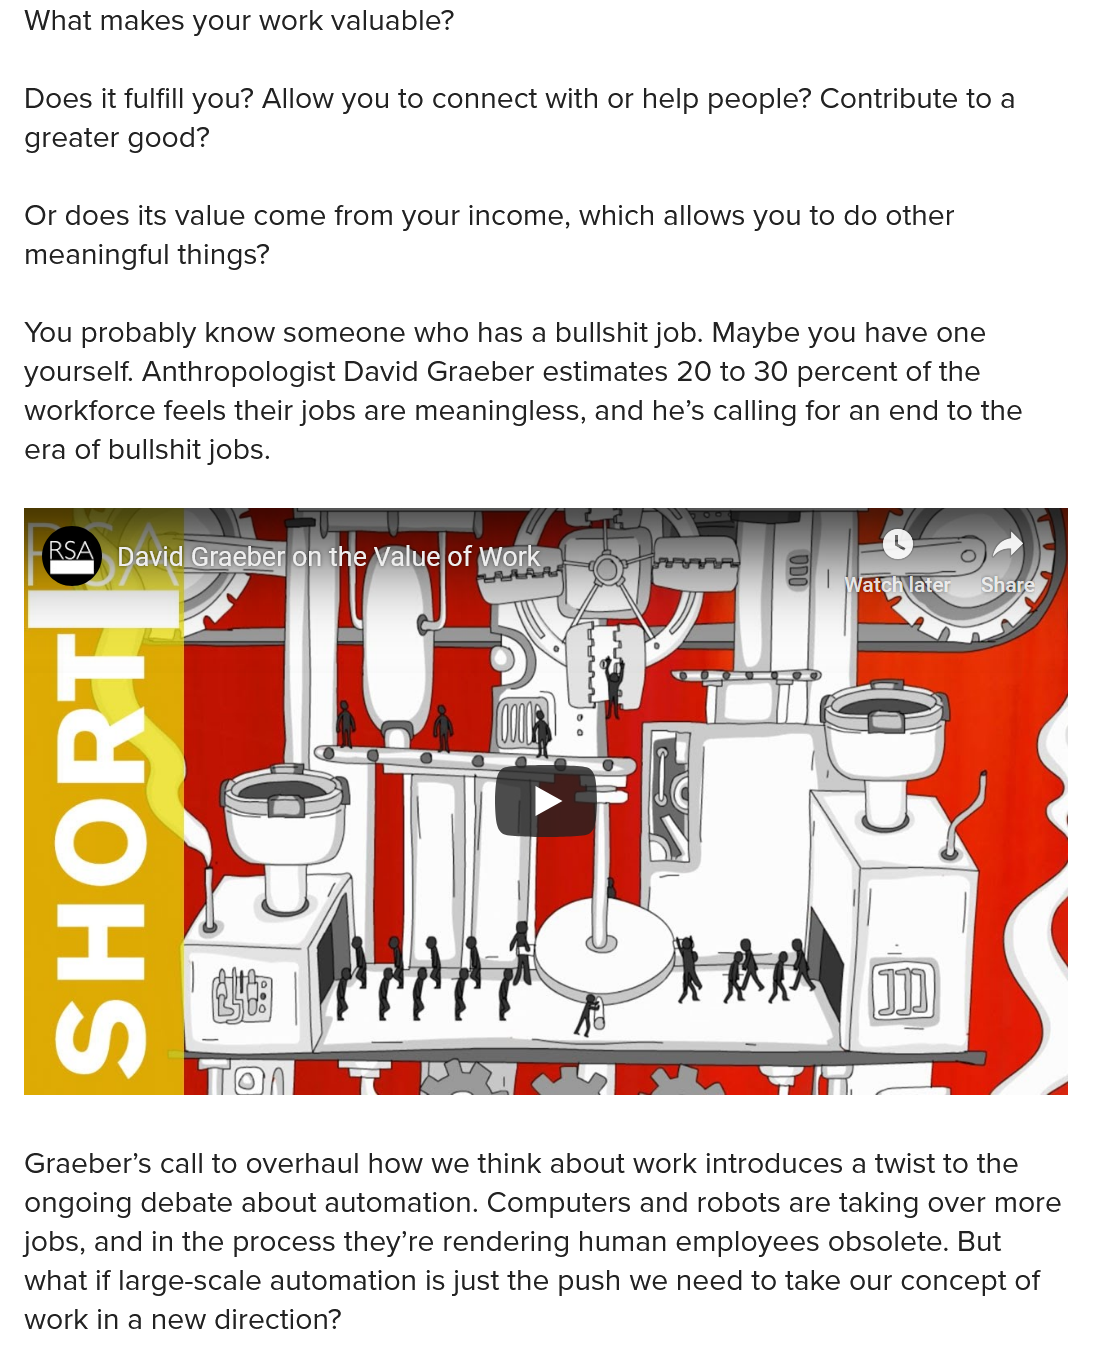
What makes your work valuable?
  Does it fulfill you? Allow you to connect with or help people? Contribute to a
  greater good?
  Or does its value come from your income, which allows you to do other
  meaningful things?
  You probably know someone who has a bullshit job. Maybe you have one
  yourself. Anthropologist David Graeber estimates 20 to 30 percent of the
  workforce feels their jobs are meaningless, and he’s calling for an end to the
  era of bullshit jobs.

     C7rreT=l eel Me} n Malem OC LOLN NO)
  Graeber’s call to overhaul how we think about work introduces a twist to the
  ongoing debate about automation. Computers and robots are taking over more
  jobs, and in the process they’re rendering human employees obsolete. But
  what if large-scale automation is just the push we need to take our concept of
  work in a new direction?